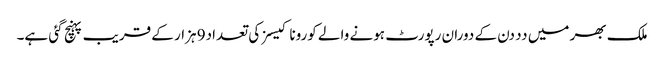
ملک بھر میں دد دن کے دوران رپورٹ ہونے والے کورونا کیسز کی تعداد9 ہزار کے قریب پہنچ گئی ہے۔